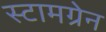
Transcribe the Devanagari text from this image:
स्टामग्रेन